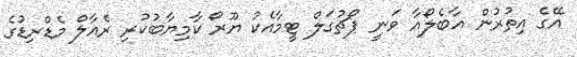
އޭގެ އިތުރުން އާބެލޯއާ ވަނީ ޕޯޗުގަލް ޓީމާއެކު ޔޫރޯ ކާމިޔާބުކުރި ރެއާލް މެޑްރިޑުގެ